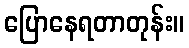
ပြောနေရတာတုန်း။